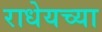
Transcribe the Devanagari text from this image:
राधेयच्या